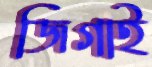
জিগাই